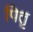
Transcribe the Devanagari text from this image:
पितृ